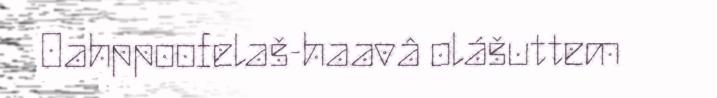
Oahppoofelaš-haavâ olášuttem